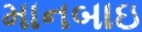
માનબાઇ